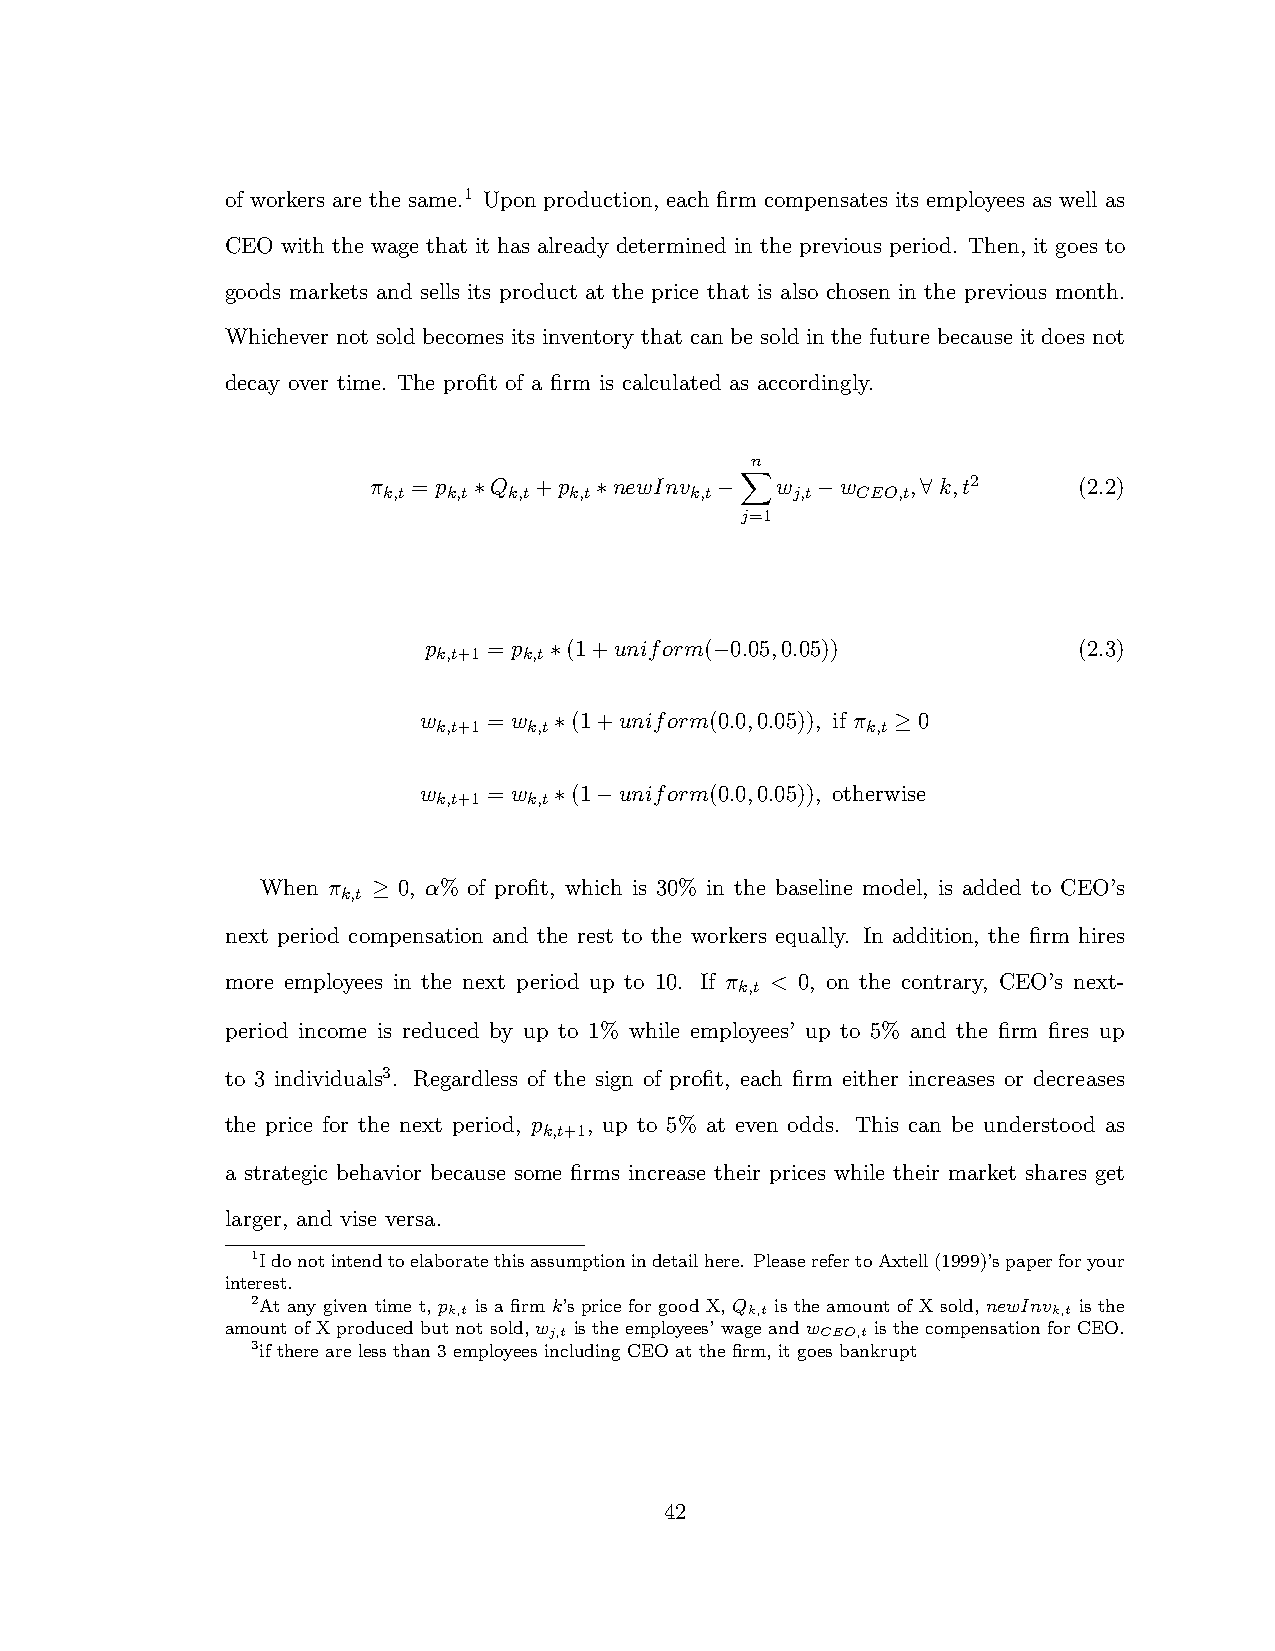
of workers are the same.1 Upon production, each firm compensates its employees as well as
 CEO with the wage that it has already determined in the previous period. Then, it goes to
 goods markets and sells its product at the price that is also chosen in the previous month.
 Whichever not sold becomes its inventory that can be sold in the future because it does not
 decay over time. The profit of a firm is calculated as accordingly.
 n
 ⇡ = p  Q  +p    newInv    w    w   , k,t2     (2.2)
 k,t  k,t k,t k,t     k,t   j,t  CEO,t
 ⇤       ⇤                   8
 j=1
 X
 p   = p  (1+uniform( 0.05,0.05))           (2.3)
 k,t+1 k,t
 ⇤
 w   = w   (1+uniform(0.0,0.05)), if ⇡ 0
 k,t+1 k,t                   k,t
 ⇤
 w   = w   (1 uniform(0.0,0.05)), otherwise
 k,t+1 k,t
 ⇤
 When ⇡   0, ↵% of profit, which is 30% in the baseline model, is added to CEO’s
 k,t

 next period compensation and the rest to the workers equally. In addition, the firm hires
 more employees in the next period up to 10. If ⇡ < 0, on the contrary, CEO’s next-
 k,t
 period income is reduced by up to 1% while employees’ up to 5% and the firm fires up
 to 3 individuals3. Regardless of the sign of profit, each firm either increases or decreases
 the price for the next period, p , up to 5% at even odds. This can be understood as
 k,t+1
 a strategic behavior because some firms increase their prices while their market shares get
 larger, and vise versa.
 1Idonotintendtoelaboratethisassumptionindetailhere. PleaserefertoAxtell(1999)’spaperforyour
 interest.
 2At any given time t, p is a firm k’s price for good X, Q is the amount of X sold, newInv is the
 k,t                k,t                  k,t
 amount of X produced but not sold, w is the employees’ wage and w is the compensation for CEO.
 j,t               CEO,t
 3if there are less than 3 employees including CEO at the firm, it goes bankrupt
 42